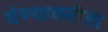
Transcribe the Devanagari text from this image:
घेण्याकरीता